Scientific memoirs by medical officers of the Army of India - Part V,
Year: 1890
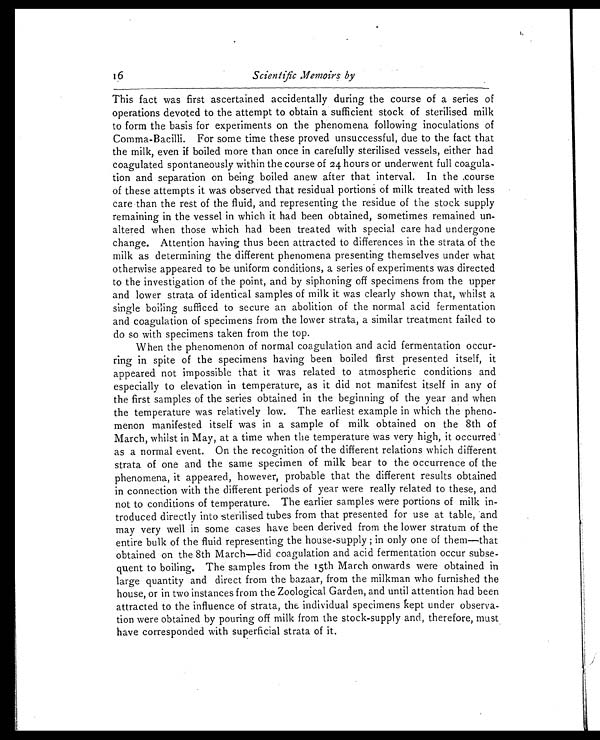
16
Scientific Memoirs by
This fact was first ascertained accidentally during the course of a series of
operations devoted to the attempt to obtain a sufficient stock of sterilised milk
to form the basis for experiments on the phenomena following inoculations of
Comma-Bacilli. For some time these proved unsuccessful, due to the fact that
the milk, even if boiled more than once in carefully sterilised vessels, either had
coagulated spontaneously within the course of 24 hours or underwent full coagula-
tion and separation on being boiled anew after that interval. In the course
of these attempts it was observed that residual portions of milk treated with less
care than the rest of the fluid, and representing the residue of the stock supply
remaining in the vessel in which it had been obtained, sometimes remained un-
altered when those which had been treated with special care had undergone
change. Attention having thus been attracted to differences in the strata of the
milk as determining the different phenomena presenting themselves under what
otherwise appeared to be uniform conditions, a series of experiments was directed
to the investigation of the point, and by siphoning off specimens from the upper
and lower strata of identical samples of milk it was clearly shown that, whilst a
single boiling sufficed to secure an abolition of the normal acid fermentation
and coagulation of specimens from the lower strata, a similar treatment failed to
do so with specimens taken from the top.
When the phenomenon of normal coagulation and acid fermentation occur-
ring in spite of the specimens having been boiled first presented itself, it
appeared not impossible that it was related to atmospheric conditions and
especially to elevation in temperature, as it did not manifest itself in any of
the first samples of the series obtained in the beginning of the year and when
the temperature was relatively low. The earliest example in which the pheno-
menon manifested itself was in a sample of milk obtained on the 8th of
March, whilst in May, at a time when the temperature was very high, it occurred
as a normal event. On the recognition of the different relations which different
strata of one and the same specimen of milk bear to the occurrence of the
phenomena, it appeared, however, probable that the different results obtained
in connection with the different periods of year were really related to these, and
not to conditions of temperature. The earlier samples were portions of milk in-
troduced directly into sterilised tubes from that presented for use at table, and
may very well in some cases have been derived from the lower stratum of the
entire bulk of the fluid representing the house-supply; in only one of them—that
obtained on the 8th March—did coagulation and acid fermentation occur subse-
quent to boiling. The samples from the 15th March onwards were obtained in
large quantity and direct from the bazaar, from the milkman who furnished the
house, or in two instances from the Zoological Garden, and until attention had been
attracted to the influence of strata, the individual specimens kept under observa-
tion were obtained by pouring off milk from the stock-supply and, therefore, must
have corresponded with superficial strata of it.